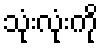
သုံးလုံးကို